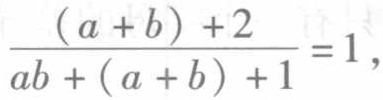
\(\frac{(a + b)+2}{ab+(a + b)+1}=1\)